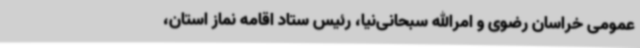
عمومی خراسان رضوی و امرالله سبحانی‌نیا، رئیس ستاد اقامه نماز استان،